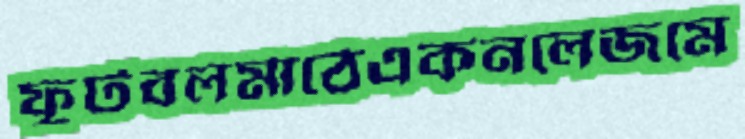
ফুটবলমাঠেএকনলেজমে